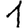
Digit: 1